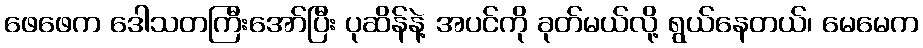
ဖေဖေက ဒေါသတကြီးအော်ပြီး ပုဆိန်နဲ့ အပင်ကို ခုတ်မယ်လို့ ရွယ်နေတယ်၊ မေမေက